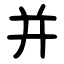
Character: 并